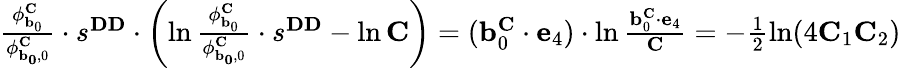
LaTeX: \begin{array}{r}{\frac{\mathbf{\phi}_{\mathbf{b}_{0}}^{\mathbf{C}}}{\mathbf{\phi}_{\mathbf{{b}_{0}},0}^{\mathbf{C}}}\cdot s^{\mathbf{DD}}\cdot\left(\ln\frac{\mathbf{\phi}_{\mathbf{b}_{0}}^{\mathbf{C}}}{\mathbf{\phi}_{\mathbf{{b}_{0}},0}^{\mathbf{C}}}\cdot s^{\mathbf{DD}}-\ln\mathbf{C}\right)=(\mathbf{b}_{0}^{\mathbf{C}}\cdot\mathbf{e}_{4})\cdot\ln\frac{\mathbf{b}_{0}^{\mathbf{C}}\cdot\mathbf{e}_{4}}{\mathbf{C}}=-\frac{1}{2}\ln(4\mathbf{C}_{1}\mathbf{C}_{2})}\end{array}